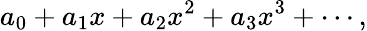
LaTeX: a_{0}+a_{1}x+a_{2}x^{2}+a_{3}x^{3}+\cdots,